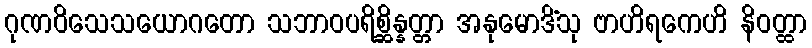
ဂုဏဝိသေသယောဂတော သဘာဝပရိစ္ဆိန္နတ္တာ အနုမောဒိံသု ဗာဟိရကေဟိ နိဝတ္ထာ